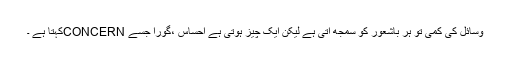
وسائل کی کمی تو ہر باشعور کو سمجھ آتی ہے لیکن ایک چیز ہوتی ہے احساس ،گورا جسے CONCERNکہتا ہے ۔